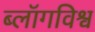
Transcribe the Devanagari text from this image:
ब्लॉगविश्व